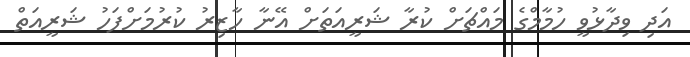
އަދި ވިދާޅުވީ ހުމާމްގެ މައްޗަށް ކުރާ ޝަރީއަތަށް އޭނާ ހާޒިރު ކުރުމަށްފަހު ޝަރީއަތް